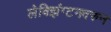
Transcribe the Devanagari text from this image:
लेक्झिंग्टनवरुन